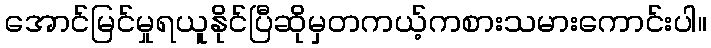
အောင်မြင်မှုရယူနိုင်ပြီဆိုမှတကယ့်ကစားသမားကောင်းပါ။